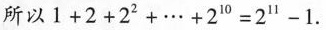
所以$$1 + 2 + 2 ^ { 2 } + . . . 2 ^ { 1 0 } - 1$$.